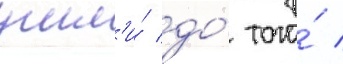
ушл'и́ до́ того́ /